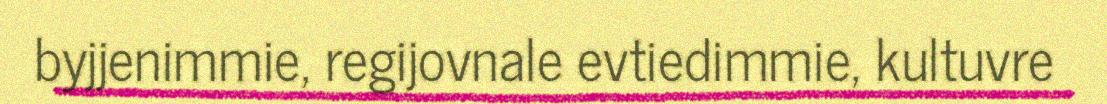
byjjenimmie, regijovnale evtiedimmie, kultuvre